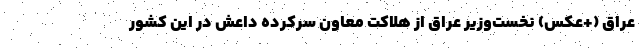
عراق (+عکس) نخست‌وزیر عراق از هلاکت معاون سرکرده داعش در این کشور